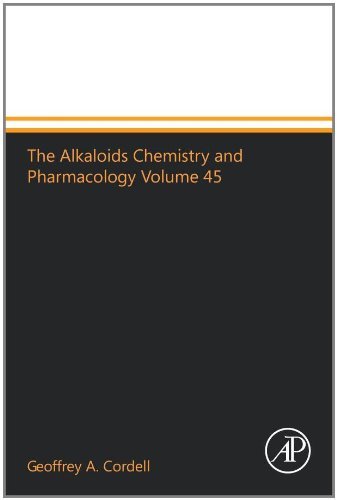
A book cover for The Alkaloids Chemistry and Pharmacology Volume 45 [Paperback] [1994] (Author) Geoffrey A. Cordell; Science & Math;